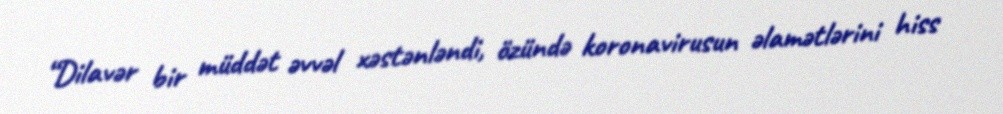
“Dilavər bir müddət əvvəl xəstənləndi, özündə koronavirusun əlamətlərini hiss